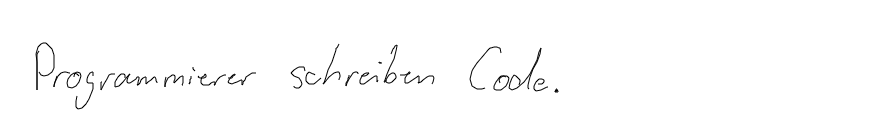
Programmierer schreiben Code.